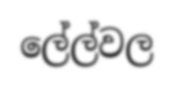
ලේල්වල